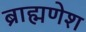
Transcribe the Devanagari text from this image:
ब्राह्मणेश